Source: Handwritten
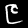
Digit: ၉ (9)